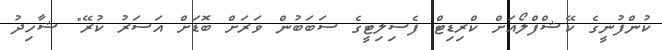
ކުންފުނީގެ ކޭޝްފްލޯއަށް ކްރިޑިޓް ފެސިލިޓީގެ ސަބަބުން ވަރަށް ބޮޑަށް އަސަރު ކުރޭ" ޝާހިދު